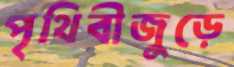
পৃথিবীজুড়ে